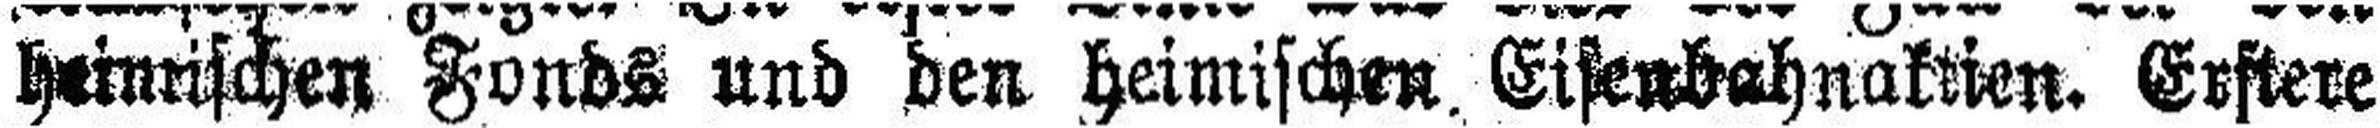
heinrischen Fonds und den heimischen Eisenbahnaktien. Estere